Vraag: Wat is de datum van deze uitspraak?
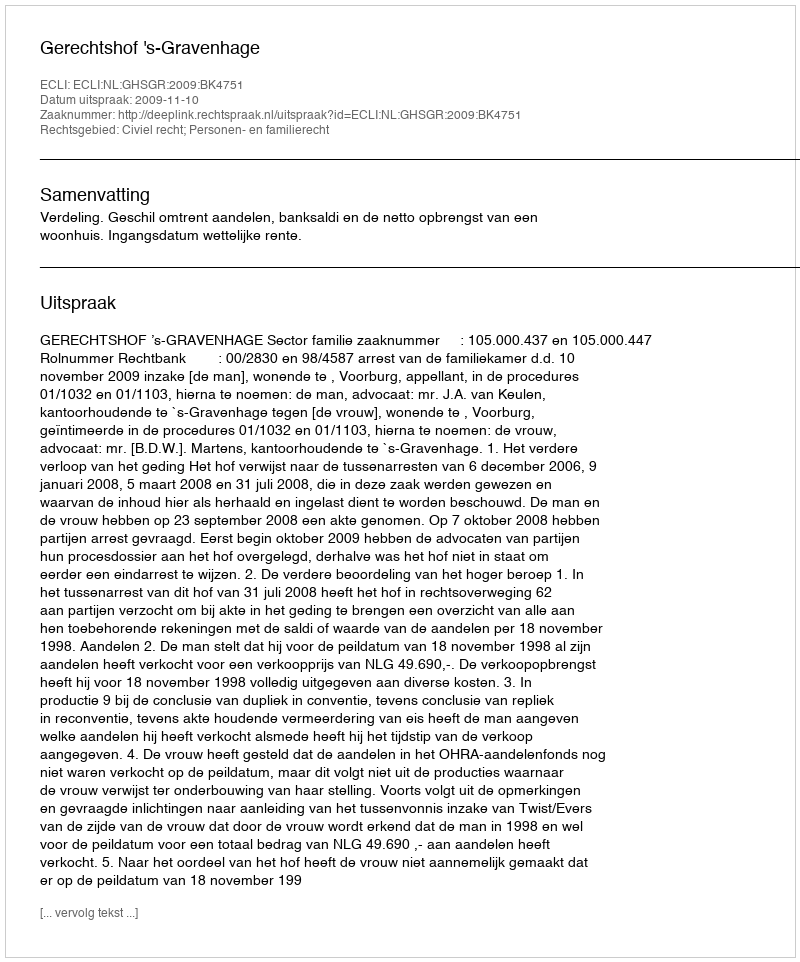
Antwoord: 2009-11-10